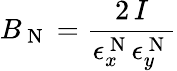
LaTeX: B_{\mathrm{~N~}}=\frac{2\, I}{\epsilon_{x}^{\mathrm{~N~}}\epsilon_{y}^{\mathrm{~N~}}}